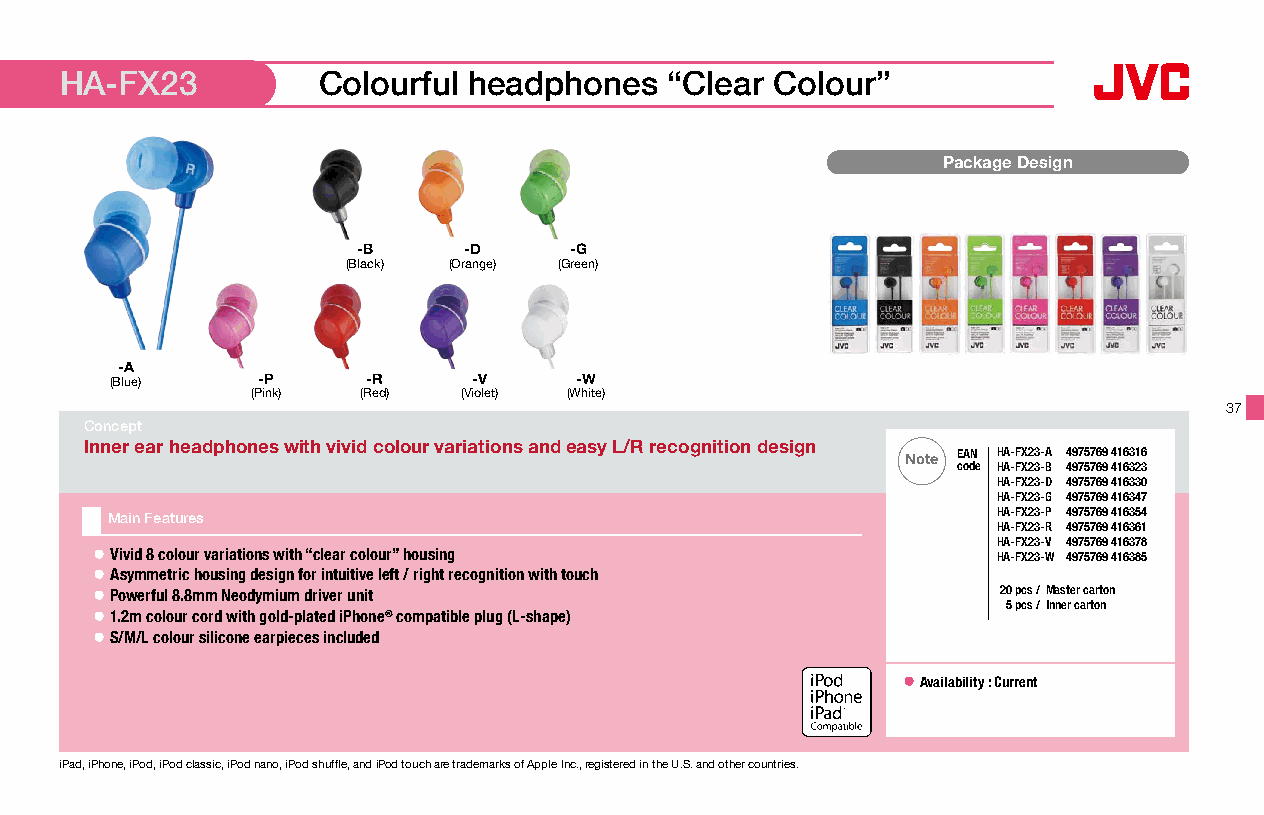
HA-FX23          Colourful headphones   “Clear Colour”
 Package Design
 -B     -D     -G
 (Black) (Orange) (Green)
 -A
 (Blue)    -P     -R     -V     -W
 (Pink) (Red)  (Violet) (White)
 37
 Concept
 Inner ear headphones with vivid colour variations and easy L/R recognition design
 Note EAN HA-FX23-A 4975769 416316
 code HA-FX23-B 4975769 416323
 HA-FX23-D 4975769 416330
 HA-FX23-G 4975769 416347
 Main Features                                              HA-FX23-P 4975769 416354
 HA-FX23-R 4975769 416361
 HA-FX23-V 4975769 416378
 ● Vivid 8 colour variations with “clear colour” housing     HA-FX23-W 4975769 416385
 ● Asymmetric housing design for intuitive left / right recognition with touch
 ● Powerful 8.8mm Neodymium driver unit                      20 pcs /Master carton
 5 pcs / Inner carton
 ● 1.2m colour cord with gold-plated iPhone® compatible plug (L-shape)
 ● S/M/L colour silicone earpieces included
 ● A vailability : Current
 16 x 16mm
 iPad, iPhone, iPod, iPod classic, iPod nano, iPod shuffle, and iPod touch are trademarks of Apple Inc., registered in the U.S. and other countries.